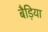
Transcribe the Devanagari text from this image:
बैड़िया